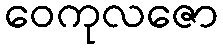
ဝေကုလဇော